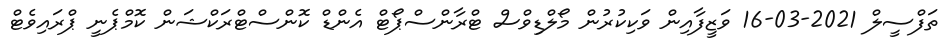
ތަފްސީލް 2021-03-16 ވަޒީފާއިން ވަކިކުރުން މޯލްޑިވްސް ޓްރާންސްޕޯޓް އެންޑް ކޮންސްޓްރަކްޝަން ކޮމްޕެނީ ޕްރައިވެޓް